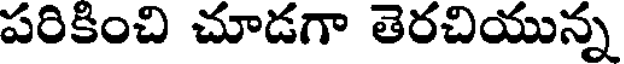
పరికించి చూడగా తెరచియున్న